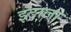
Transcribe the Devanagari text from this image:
इटाला